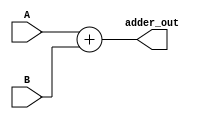
module adder(input [31:0] A, B, output [31:0] adder_out);
	
	assign adder_out = A + B;	

endmodule